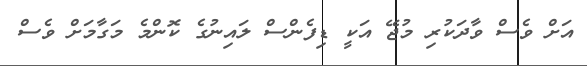
އަށް ވެސް ވާދަކުރި މުޖޭ އަކީ ޑިފެންސް ލައިނުގެ ކޮންމެ މަގާމަށް ވެސް